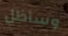
وسأظل